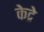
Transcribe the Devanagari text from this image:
केद्रे